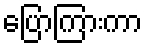
ပြောကြားကာ